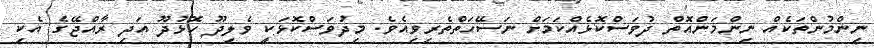
ނިންމުންތަކެއް ނިންމަންއޮތް ދުވަސްކޮޅެއްކަމަށް ނަސޭހަތްތެރިވިއެވެ. މިދުވަސްކޮޅަކީ ވެލިދޫ ހޮޅުދޫ އަދި ރާއްޖޭގެ އެކި